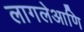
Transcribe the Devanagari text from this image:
लागलेआणि